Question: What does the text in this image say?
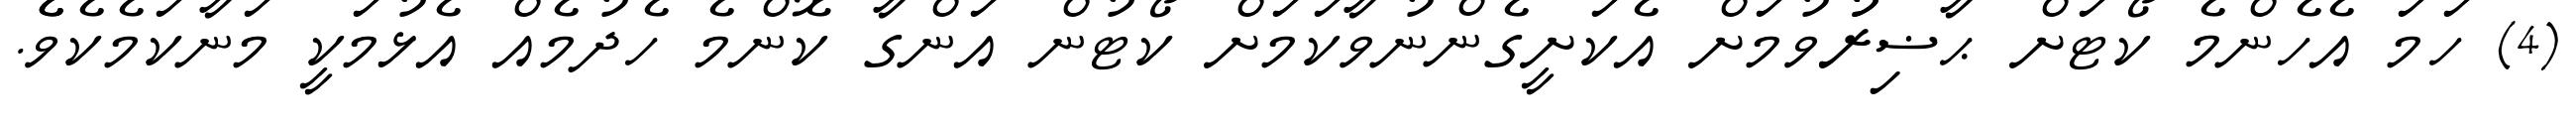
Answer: (4) ހަމަ އެހެންމެ ކޯޓަށް ޙާޟިރުުވުމަށް އެކަށީގެންނުވާކަމަށް ކޯޓުން އަންގާ ކޮންމެ ހެދުމެއް އެޅުމަކީ މަނާކަމެކެވެެ.